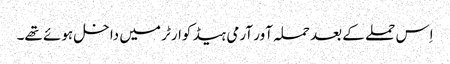
اِس حملے کے بعد حملہ آور آرمی ہیڈ کوارٹر میں داخل ہوئے تھے۔